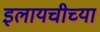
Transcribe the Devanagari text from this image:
इलायचीच्या